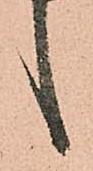
言